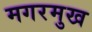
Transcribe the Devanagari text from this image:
मगरमुख